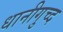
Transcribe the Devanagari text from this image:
धानीगुच्द